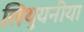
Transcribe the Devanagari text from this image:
लिथुयनीया